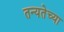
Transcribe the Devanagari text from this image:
तन्यतेच्या